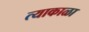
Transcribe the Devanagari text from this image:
त्याकाळा